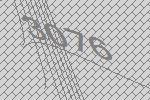
3076